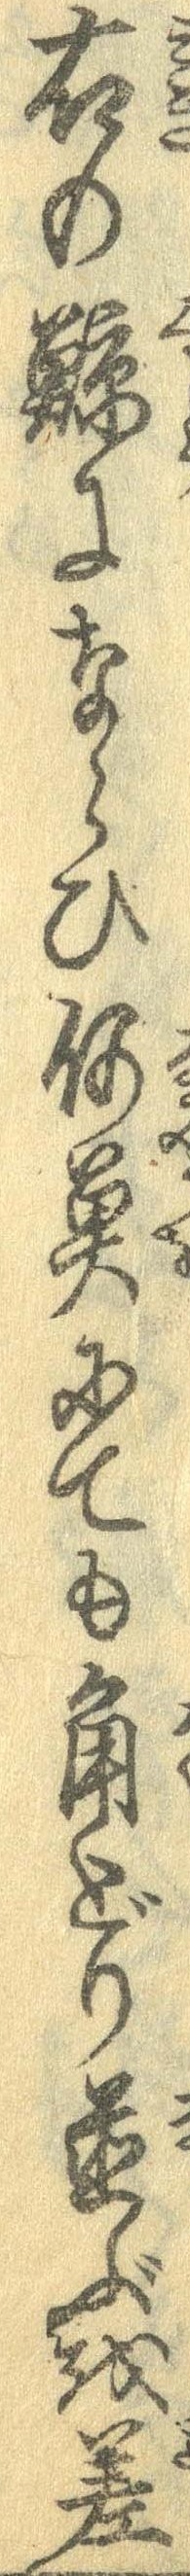
右の鯨にならひ何魚にても角どり並ぶを差